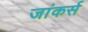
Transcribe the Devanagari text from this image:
जांकर्स